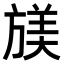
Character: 𫞁